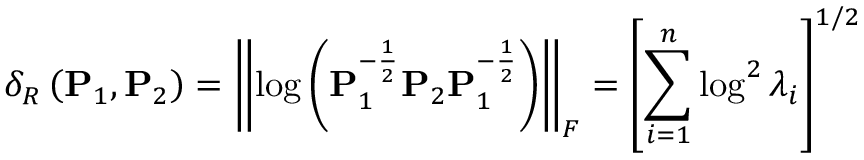
\delta _ { R } \left( \mathbf { P } _ { 1 } , \mathbf { P } _ { 2 } \right) = \left\| \log \left( \mathbf { P } _ { 1 } ^ { - \frac { 1 } { 2 } } \mathbf { P } _ { 2 } \mathbf { P } _ { 1 } ^ { - \frac { 1 } { 2 } } \right) \right\| _ { F } = \left[ \sum _ { i = 1 } ^ { n } \log ^ { 2 } \lambda _ { i } \right] ^ { 1 / 2 }